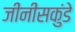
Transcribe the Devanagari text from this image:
जीनीसकुंडे